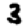
Digit: 3